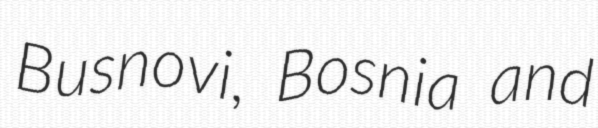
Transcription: Busnovi, Bosnia and